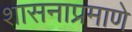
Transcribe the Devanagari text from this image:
शासनाप्रमाणे